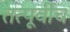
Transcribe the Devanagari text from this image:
तत्पूर्वीच